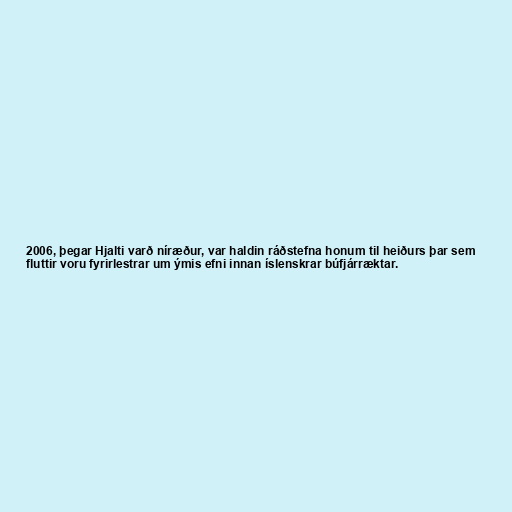
2006, þegar Hjalti varð níræður, var haldin ráðstefna honum til heiðurs þar sem
fluttir voru fyrirlestrar um ýmis efni innan íslenskrar búfjárræktar.